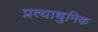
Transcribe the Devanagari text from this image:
प्रत्याधुनिक